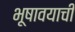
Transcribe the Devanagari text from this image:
भूषावयाची